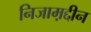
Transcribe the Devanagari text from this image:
निजाम़द्दीन